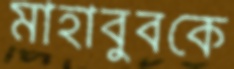
মাহাবুবকে